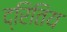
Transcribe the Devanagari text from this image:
द्रितिय